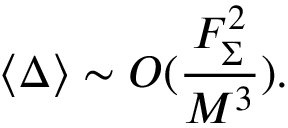
\langle \Delta \rangle \sim { \cal O } ( \frac { F _ { \Sigma } ^ { 2 } } { M ^ { 3 } } ) .